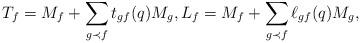
LaTeX: \begin{align*}T_f=M_f+\sum_{g\prec f}t_{gf}(q)M_g, L_f=M_f+\sum_{g\prec f}\ell_{gf}(q)M_g,\end{align*}